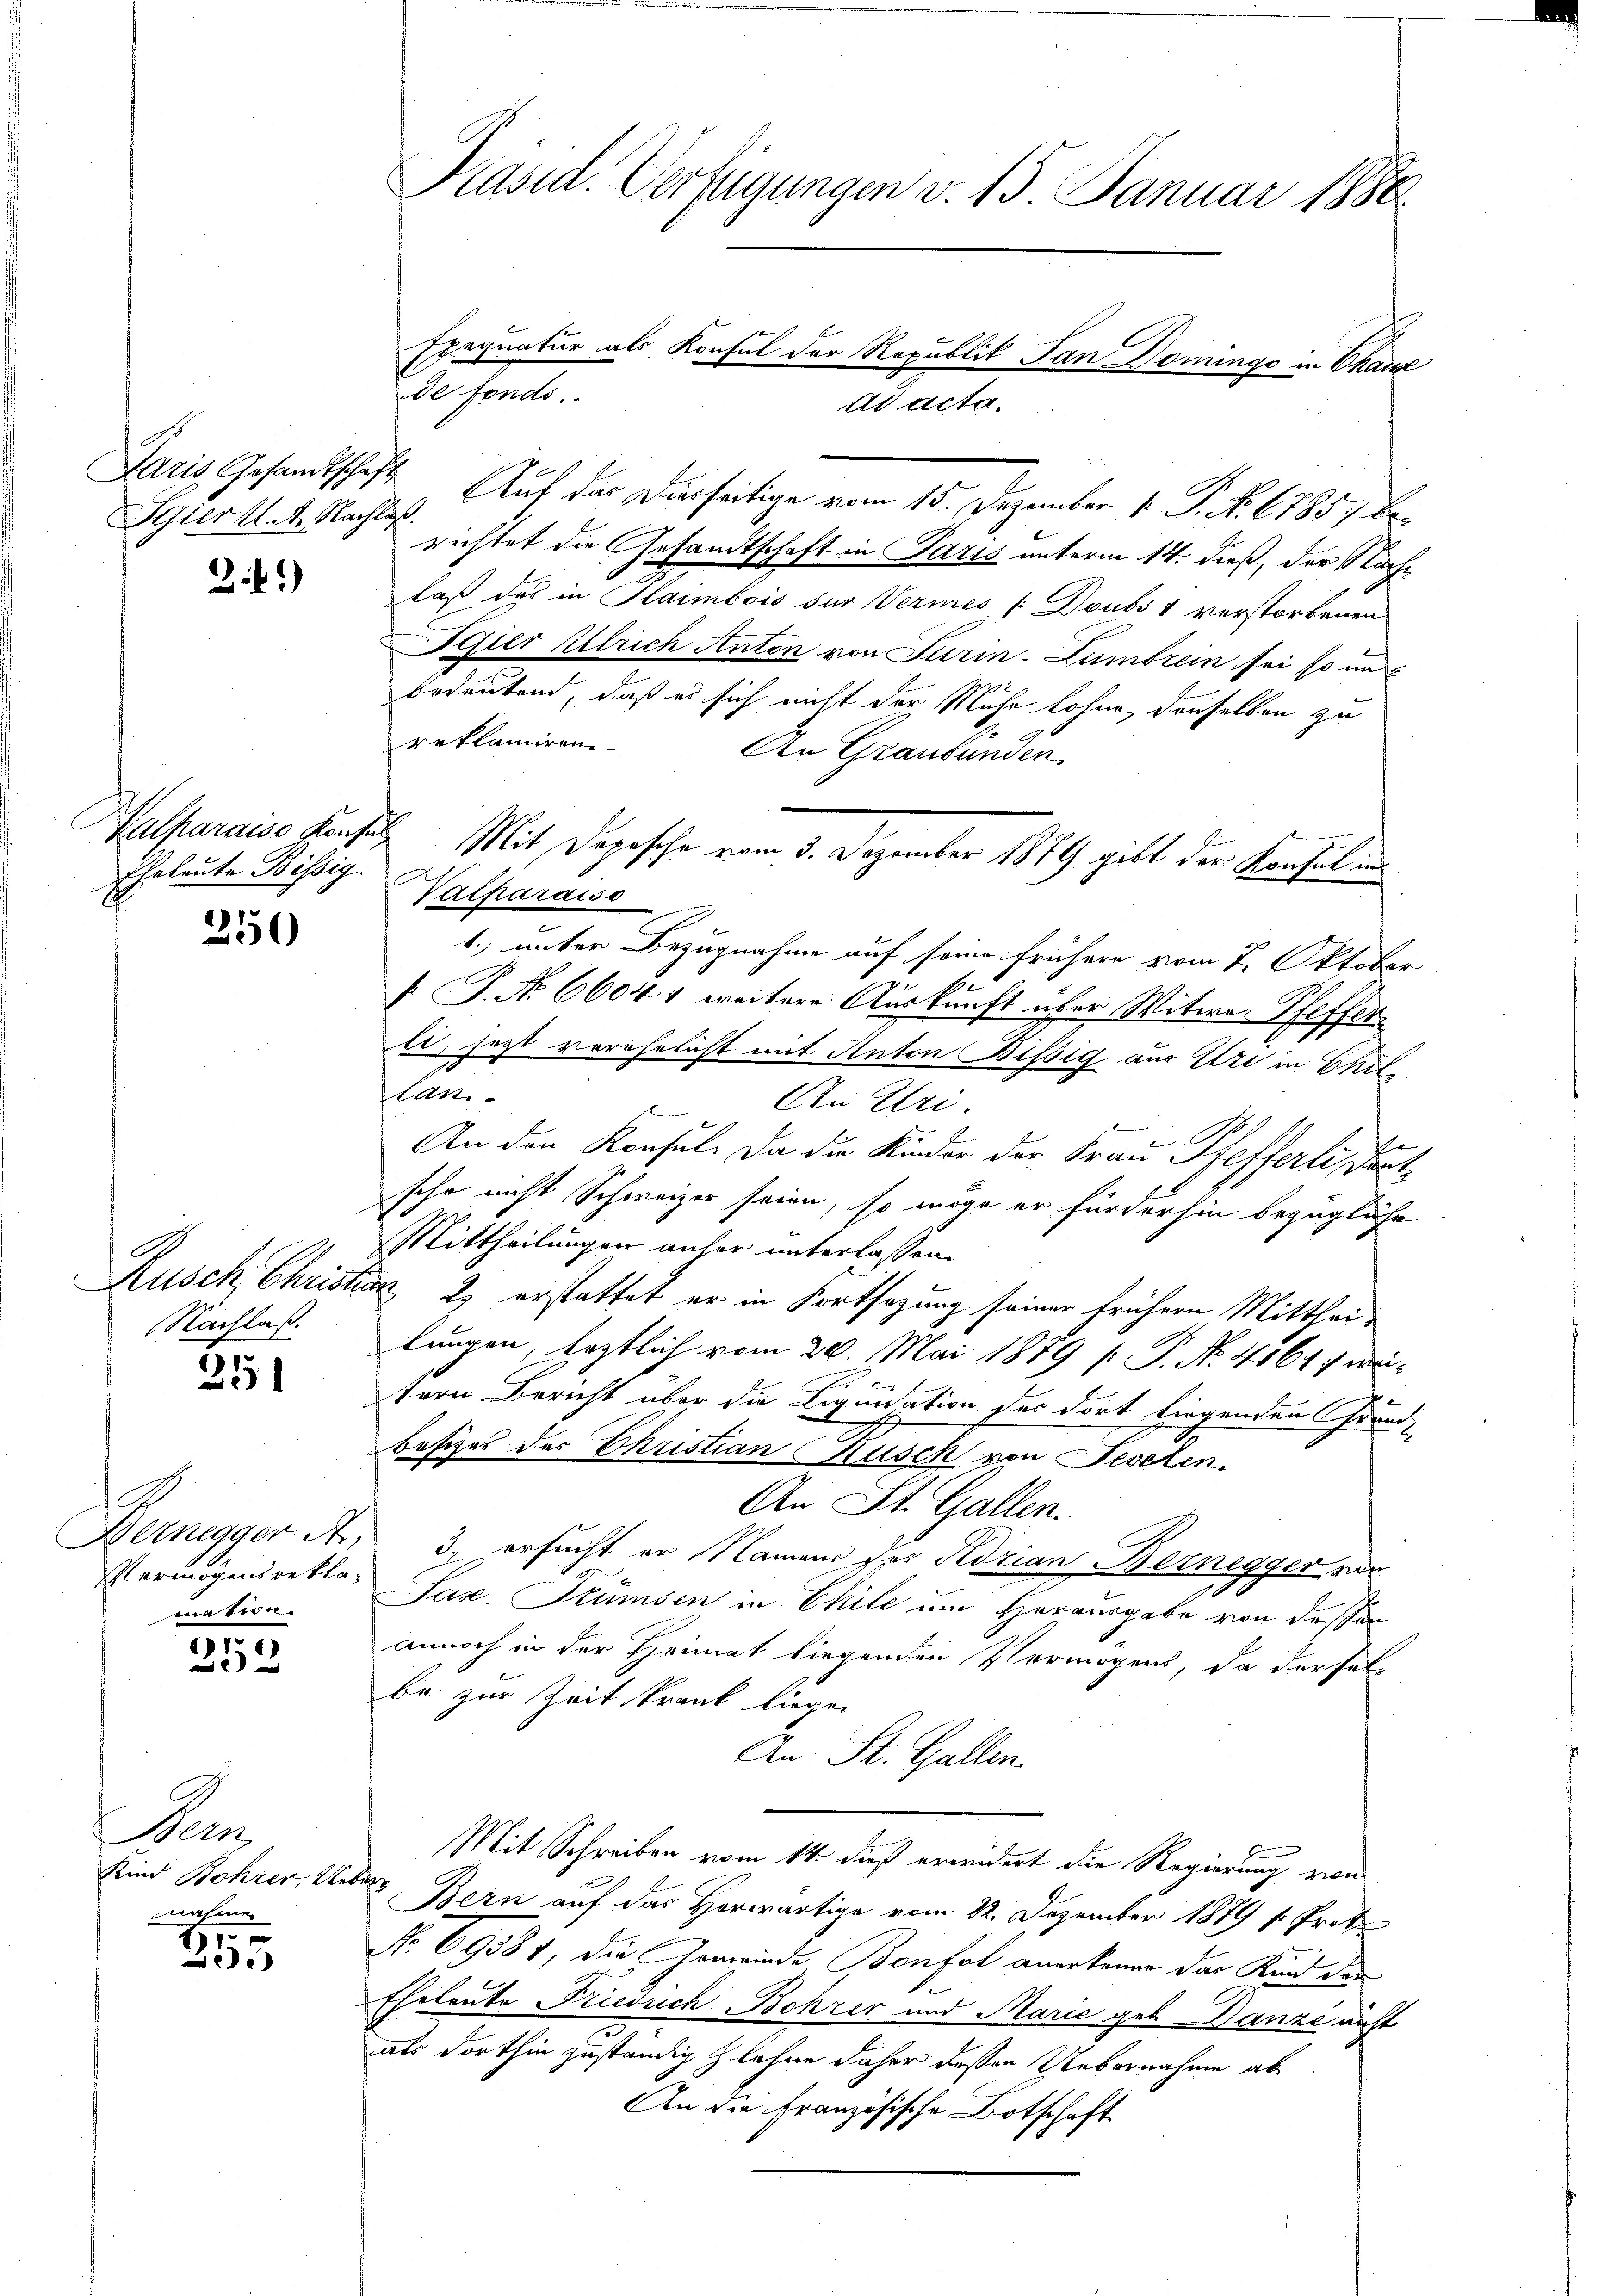
Paris Gesandtschaft
Sgier K. A. Nachlaß.

2.)

Kalparaise Konse
Eheleute Bissig.

4)
)

Rusch Christie
Nachlaß.

251

Bernegger Ar
Vermögens reklamation.

31
2

Dem
Kind Bohrer, Ver
nahmen

7)
255

Präsid. Verfügungen v. 15 Januar 1880

Exequatur als Konsul der Republik San Domings in Chane
de fonds.

ddac
E
z
Auf das Diesseitige vom 15. Dezember 1. P. No. 67857 berichtet die Gesandtschaft in Paris unterm 14. dieß, der Stachlaß das in Haimbois der Vermes /:Doubs v verstorbenen
Feier Allrich Anton von Turin-Zümbrein sei so und
bedeutend, daß es sich nicht der Mühe Lohne, denselben zu
reklamiren
An Graubünden.
Vatharaiso
1.) unter Bezugnahme auf seine frühere vom 2. Oktober
 P. Nr. 66041 weitere Auskunft über Witwe Pfeffer
le, jezt verehrlicht mit Anton Bissig aus Uri in Chillan-
An Uri.
s
An den Konsul, Da die Kinder der Frau Pfefferti, sont
sche nicht Schweizer seien, so möge er fürderhin bezügliche
Mittheilungen anher unterlassen.
 2. erstattet er in Fortsezung seiner frühern Mittheilungen, leztlich vom 20. Mai 1879 p. P. No. 4164 weitern Bericht über die Liquidation des dort liegenden Grund-
besizes der Ehristian Rüsch von Festen.
An St. Gallen.
3. ersucht er Namens des Adrian Bernegger ver
n
Saze-Stümsen in Chile um Herausgabe von dessen
annoch in der Heimat liegenden Vermögens, da derselbe zur Zeit krank liegen
An St. Gallen.
Mit Schreiben vom 14. dieß erwidert die Regierung von
.
Bern auf das Horwärtige vom 22. Dezember 1879 s. Prot
No 69581, die Gemeinde Bonfol anerkenne das Kind der
Eheleute Friedrich Bohrer und Marie geb. Danze nicht
als dorthin zuständig lehne daher dessen Uebernahme ab¬
An die Französische Botschaft

Mit Depesche vom 3. Dezember 1879 gibt der Konfel und